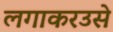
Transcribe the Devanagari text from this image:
लगाकरउसे